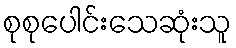
စုစုပေါင်းသေဆုံးသူ